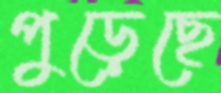
পুড়েছে